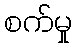
စက်မှု